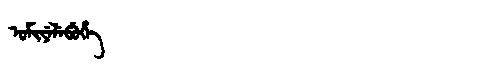
Manchu: ᡠᠮᡳᠶᡝᠯᡝᠪᡠᡥᡝ
Romanization: UMIYELEBUHE